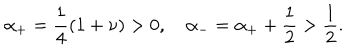
LaTeX: \alpha _ { + } = \frac { 1 } { 4 } ( 1 + \nu ) > 0 , \quad \alpha _ { - } = \alpha _ { + } + \frac { 1 } { 2 } > \frac { 1 } { 2 } .